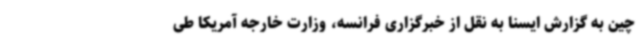
چین به گزارش ایسنا به نقل از خبرگزاری فرانسه، وزارت خارجه آمریکا طی